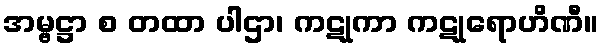
အမ္ဗဋ္ဌာ စ တထာ ပါဌာ၊ ကဋုကာ ကဋုရောဟိဏီ။